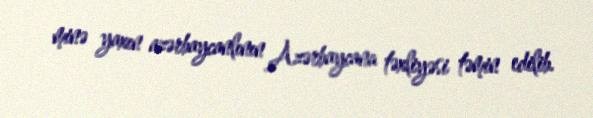
minə yaxın azərbaycanlının Azərbaycana təxliyəsi təmin edilib.